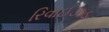
રિવાઈઝડ